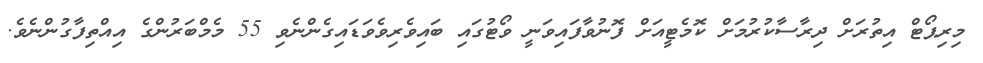
މިރިޕޯޓް އިތުރަށް ދިރާސާކުރުމަށް ކޮމެޓީއަށް ފޮނުވާފައިވަނީ ވޯޓުގައި ބައިވެރިވެވަޑައިގެންނެވި 55 މެމްބަރުންގެ އިއްތިފާގުންނެވެ.